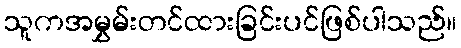
သူကအမွှမ်းတင်ထားခြင်းပင်ဖြစ်ပါသည်။